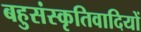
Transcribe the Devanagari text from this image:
बहुसंस्कृतिवादियों